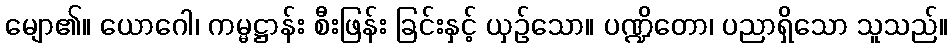
မျော၏။ ယောဂေါ၊ ကမ္မဋ္ဌာန်း စီးဖြန်း ခြင်းနှင့် ယှဉ်သော။ ပဏ္ဍိတော၊ ပညာရှိသော သူသည်။